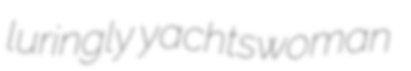
luringly yachtswoman